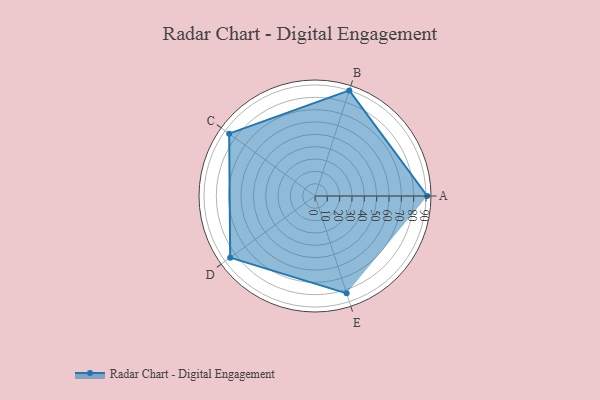
{"axis": {"x": "Skill", "y": "Score"}, "legend": ["Profile"], "data": [{"x": "A", "y": 91.0, "type": "Profile"}, {"x": "B", "y": 90.0, "type": "Profile"}, {"x": "C", "y": 86.0, "type": "Profile"}, {"x": "D", "y": 85.0, "type": "Profile"}, {"x": "E", "y": 83.0, "type": "Profile"}]}